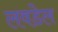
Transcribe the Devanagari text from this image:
लवडेल